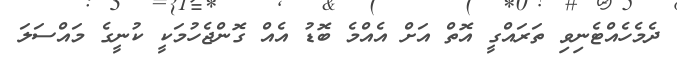
ދެމެހެއްޓެނިވި ތަރައްގީ އޮތް އަށް އެއްމެ ބޮޑު އެއް ގޮންޖެހުމަކީ ކުނީގެ މައްސަލަ